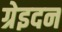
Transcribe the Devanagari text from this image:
ग्रेइदन